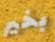
بخير